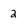
Character: 2